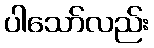
ပါသော်လည်း